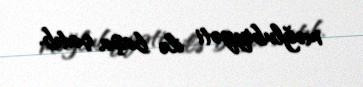
məğlubiyyəti ilə başa çatıb.